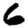
Digit: 6